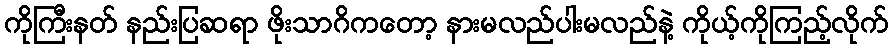
ကိုကြီးနတ် နည်းပြဆရာ ဖိုးသာဂိကတော့ နားမလည်ပါးမလည်နဲ့ ကိုယ့်ကိုကြည့်လိုက်